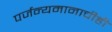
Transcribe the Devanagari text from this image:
पर्जन्यमानाचीही